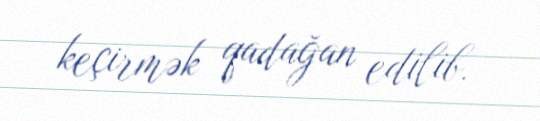
keçirmək qadağan edilib.